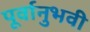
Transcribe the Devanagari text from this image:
पूर्वानुभवी